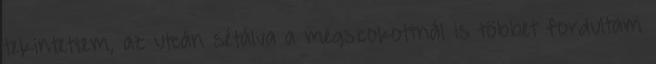
tekintettem, az utcán sétálva a megszokottnál is többet fordultam